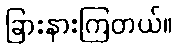
ခြားနားကြတယ်။